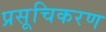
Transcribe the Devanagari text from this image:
प्रसूचिकरण